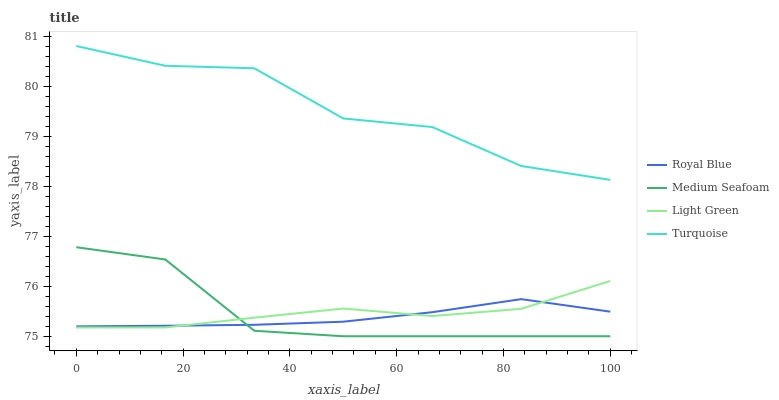
| xaxis_label | Royal Blue | Medium Seafoam | Light Green | Turquoise |
 | --- | --- | --- | --- | --- |
 | 0 | 75.2 | 76.8 | 75.2 | 80.8 |
 | 16.7 | 75.2 | 76.5 | 75.2 | 80.4 |
 | 33.3 | 75.2 | 75.1 | 75.4 | 80.4 |
 | 50 | 75.3 | 75 | 75.6 | 79.4 |
 | 66.7 | 75.5 | 75 | 75.4 | 79.2 |
 | 83.3 | 75.7 | 75 | 75.5 | 78.4 |
 | 100 | 75.5 | 75 | 76.1 | 78.1 |